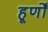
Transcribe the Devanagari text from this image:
हूर्णों